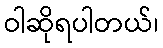
ဝါဆိုရပါတယ်၊